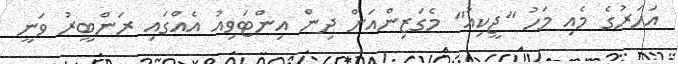
އަހަރުގެ މެއި މަހު "ޖީކިއު" މެގަޒިންއަށް ދިން އިންޓަވިއު އެއްގައި ރަންބީރު ވަނީ